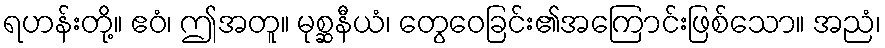
ရဟန်းတို့။ ဧဝံ၊ ဤအတူ။ မုစ္ဆနီယံ၊ တွေဝေခြင်း၏အကြောင်းဖြစ်သော။ အညံ၊